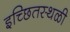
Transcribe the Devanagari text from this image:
इच्छितस्थळी